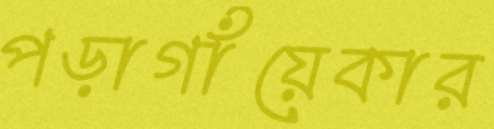
পড়াগাঁয়েকার